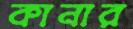
কানার